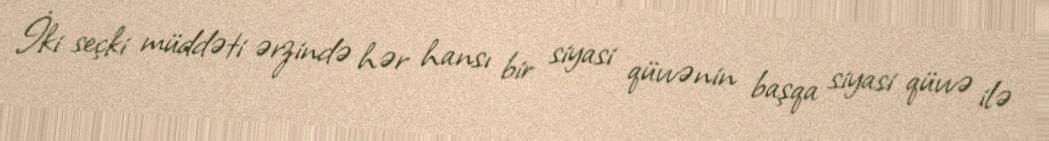
İki seçki müddəti ərzində hər hansı bir siyasi qüvvənin başqa siyasi qüvvə ilə